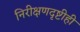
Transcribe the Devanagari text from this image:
निरीक्षणदृष्टीही